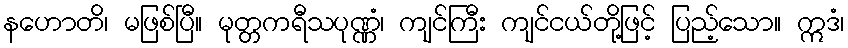
နဟောတိ၊ မဖြစ်ပြီ။ မုတ္တကရီသပုဏ္ဏံ၊ ကျင်ကြီး ကျင်ငယ်တို့ဖြင့် ပြည့်သော။ ဣဒံ၊